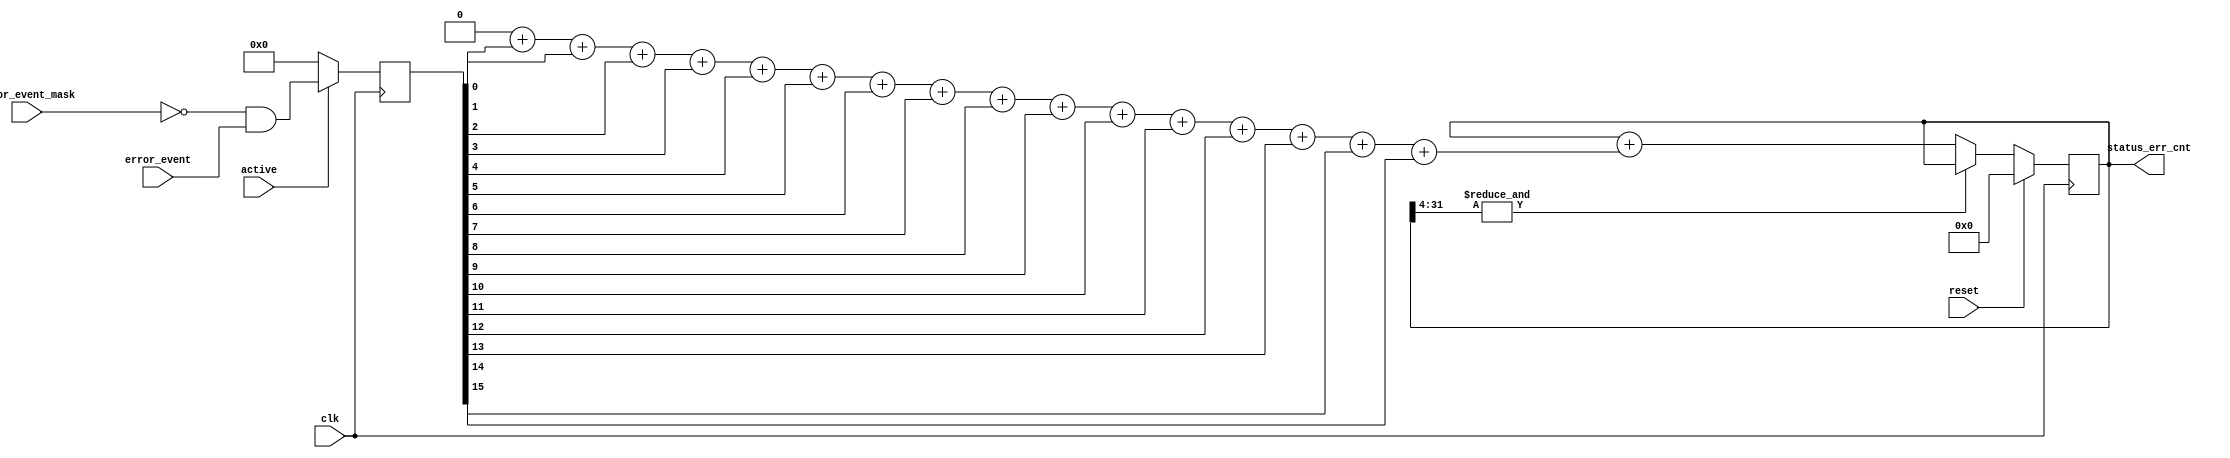
// ***************************************************************************
// ***************************************************************************
// Copyright (C) 2017, 2018, 2020, 2022 Analog Devices, Inc. All rights reserved.
// SPDX short identifier: ADIJESD204
// ***************************************************************************
// ***************************************************************************

`timescale 1ns/100ps

module error_monitor #(
  parameter EVENT_WIDTH = 16,
  parameter CNT_WIDTH = 32
) (
  input clk,
  input reset,
  input active,
  input [EVENT_WIDTH-1:0] error_event,
  input [EVENT_WIDTH-1:0] error_event_mask,
  output reg [CNT_WIDTH-1:0] status_err_cnt = 'h0
);

  localparam EVENT_WIDTH_LOG = $clog2(EVENT_WIDTH);

  reg  [EVENT_WIDTH-1:0] err;

  function [EVENT_WIDTH_LOG-1:0] num_set_bits;
  input [EVENT_WIDTH-1:0] x;
  integer j;
  begin
    num_set_bits = 0;
    for (j = 0; j < EVENT_WIDTH; j = j + 1) begin
      num_set_bits = num_set_bits + x[j];
    end
  end
  endfunction

  always @(posedge clk) begin
    if (active == 1'b1) begin
      err <= (~error_event_mask) & error_event;
    end else begin
      err <= {EVENT_WIDTH{1'b0}};
    end
  end

  always @(posedge clk) begin
    if (reset == 1'b1) begin
      status_err_cnt <= 'h0;
    end else if (~&status_err_cnt[CNT_WIDTH-1:EVENT_WIDTH_LOG]) begin
      status_err_cnt <= status_err_cnt + num_set_bits(err);
    end
  end

endmodule